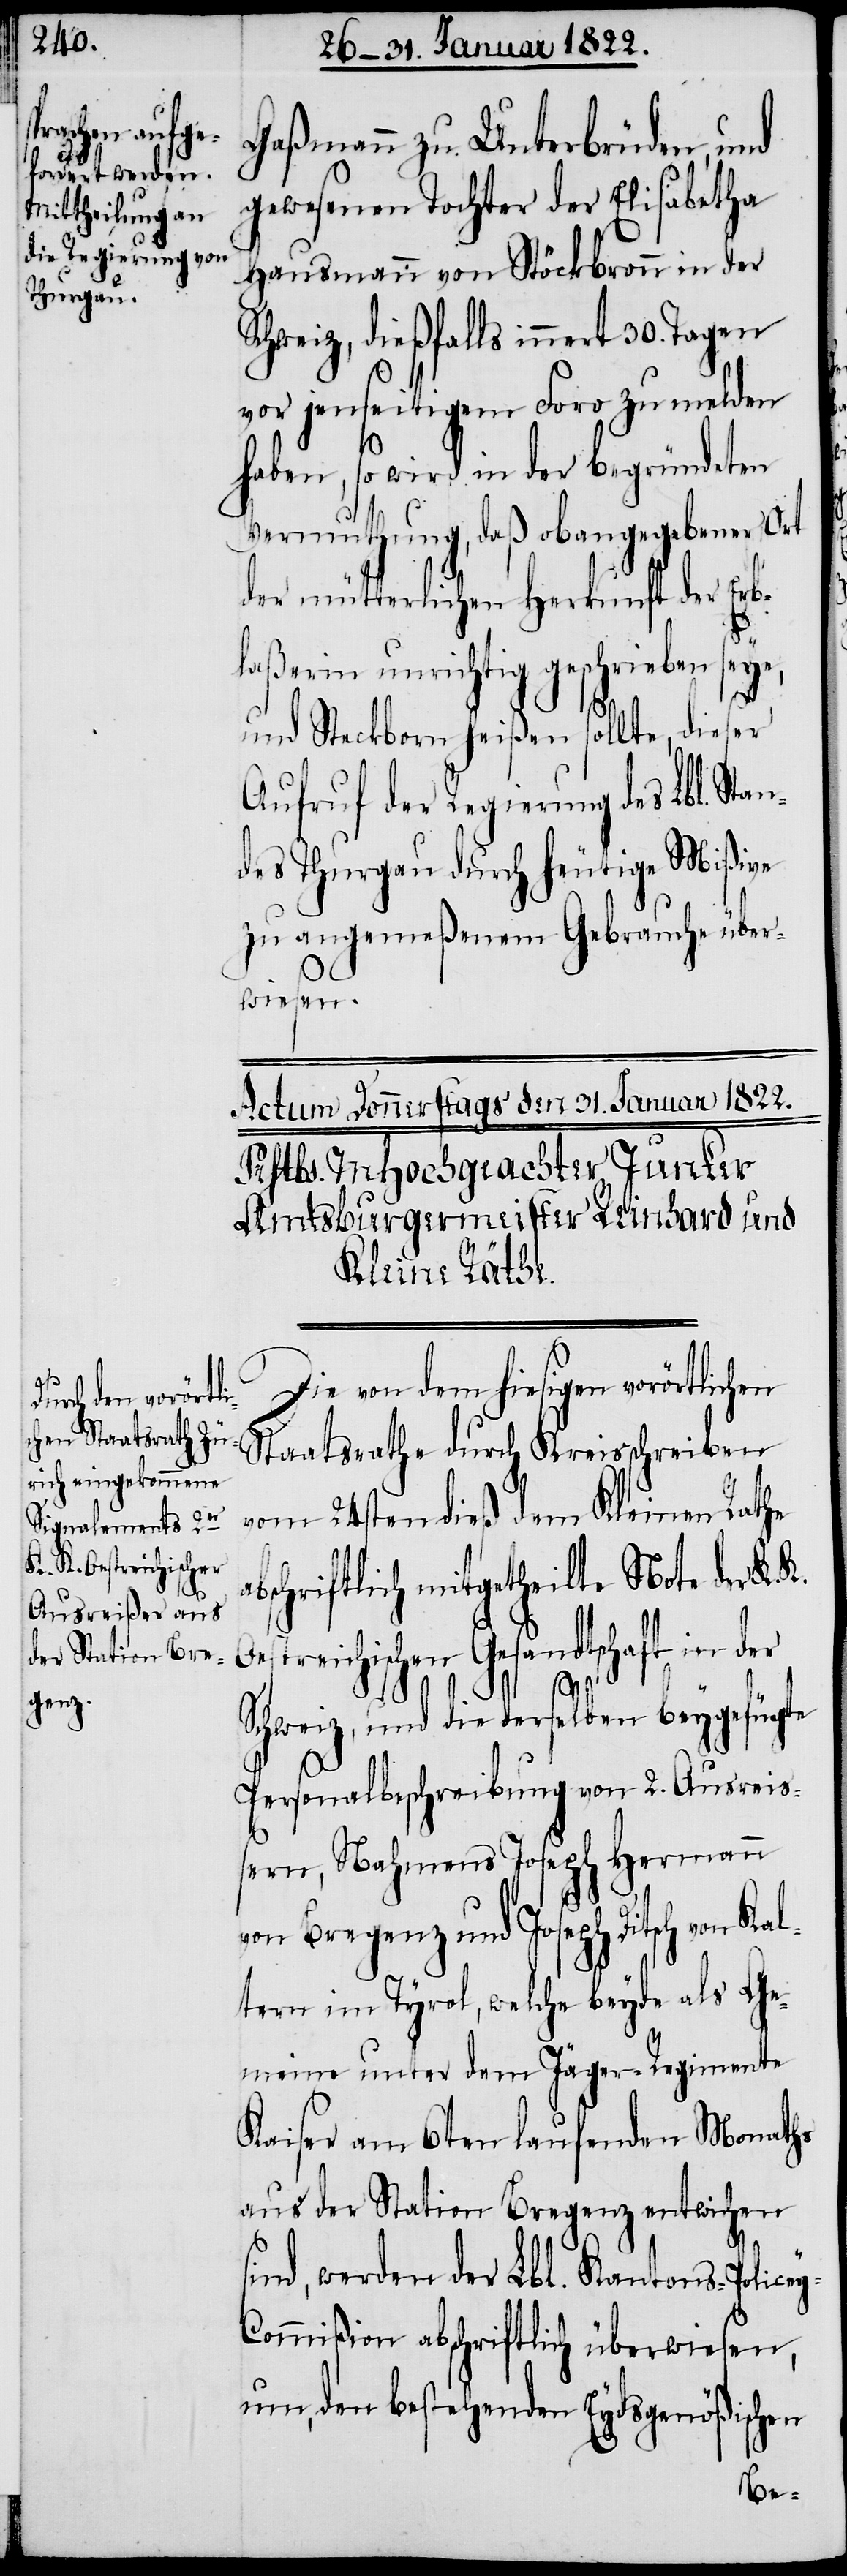
y-C¬
K. K. Oestreichischen

Gaßmann, zu Unterbrüden, und
gewesenen Tochter der Elisabetha
Hausmann von Stöckbronn in der
Schweiz, dießfalls innert 30. Tagen
vor jenseitigem Foro zu melden
haben, so wird in der begründeten
Vermuthung, daß obangegebener Ort
der mütterlichen Herkunft der Erb¬
n¬
laßerin unrichtig geschrieben seye,
und Steckborn heißen sollte, dieser
Aufruf der Regierung des Lbl. Sta¬
des Thurgau durch heutige Mißive
zu angemeßenem Gebrauche über¬
wiesen.
Die von dem hiesigen vorörtlichen
Staatsrathe durch Kreisschreiben
vom 24sten dieß dem Kleinen Rathe
abschriftlich mitgetheilte Note der
Schweiz, und die derselben beygefügte
Personalbeschreibung von 2. Ausrei¬
ßern, Nahmens Joseph Hermann
von Bregenz und Joseph Fisch von Kal¬
tern im Tyrol, welche beyde als Ge¬
meine unter dem Jäger-Regimente
Kaiser am 6ten laufenden Monaths
aus der Station Bregenz entwichen
s¬
ind, werden der Lbl. Kantons-Police¬
ommißion abschriftlich überwiesen,
um, den bestehenden Eydsgenößischen